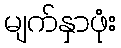
မျက်နှာဖုံး